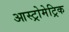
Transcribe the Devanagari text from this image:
आस्ट्रोमेट्रिक